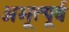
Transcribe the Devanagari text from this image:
अभूत्पूर्व